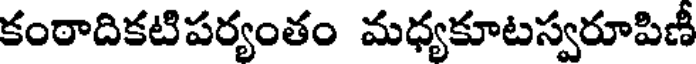
కంఠాదికటిపర్యంతం మధ్యకూటస్వరూపిణీ